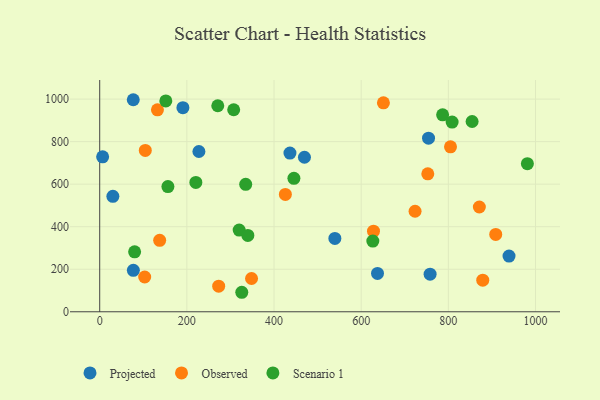
{"axis": {"x": "Study Hours", "y": "Profit"}, "legend": ["Observed", "Projected", "Scenario 1"], "data": [{"x": "190.9", "y": 959.6, "type": "Projected"}, {"x": "227.6", "y": 753.7, "type": "Projected"}, {"x": "77.0", "y": 997.1, "type": "Projected"}, {"x": "6.7", "y": 728.5, "type": "Projected"}, {"x": "939.2", "y": 262.1, "type": "Projected"}, {"x": "30.2", "y": 542.8, "type": "Projected"}, {"x": "758.1", "y": 176.8, "type": "Projected"}, {"x": "754.5", "y": 816.5, "type": "Projected"}, {"x": "469.8", "y": 726.6, "type": "Projected"}, {"x": "77.2", "y": 194.9, "type": "Projected"}, {"x": "637.4", "y": 180.3, "type": "Projected"}, {"x": "539.6", "y": 344.9, "type": "Projected"}, {"x": "436.5", "y": 746.4, "type": "Projected"}, {"x": "628.2", "y": 379.2, "type": "Observed"}, {"x": "137.6", "y": 335.9, "type": "Observed"}, {"x": "103.2", "y": 163.6, "type": "Observed"}, {"x": "871.1", "y": 492.6, "type": "Observed"}, {"x": "426.0", "y": 551.7, "type": "Observed"}, {"x": "752.8", "y": 648.6, "type": "Observed"}, {"x": "651.0", "y": 982.3, "type": "Observed"}, {"x": "132.5", "y": 949.8, "type": "Observed"}, {"x": "348.4", "y": 156.4, "type": "Observed"}, {"x": "804.9", "y": 775.5, "type": "Observed"}, {"x": "908.7", "y": 363.8, "type": "Observed"}, {"x": "104.6", "y": 758.7, "type": "Observed"}, {"x": "878.9", "y": 148.5, "type": "Observed"}, {"x": "273.0", "y": 120.3, "type": "Observed"}, {"x": "723.6", "y": 472.8, "type": "Observed"}, {"x": "220.6", "y": 608.2, "type": "Scenario 1"}, {"x": "270.9", "y": 968.7, "type": "Scenario 1"}, {"x": "854.5", "y": 894.7, "type": "Scenario 1"}, {"x": "320.0", "y": 384.0, "type": "Scenario 1"}, {"x": "339.9", "y": 359.1, "type": "Scenario 1"}, {"x": "981.3", "y": 696.4, "type": "Scenario 1"}, {"x": "786.8", "y": 926.3, "type": "Scenario 1"}, {"x": "626.7", "y": 332.6, "type": "Scenario 1"}, {"x": "307.4", "y": 949.9, "type": "Scenario 1"}, {"x": "151.7", "y": 991.5, "type": "Scenario 1"}, {"x": "326.0", "y": 91.7, "type": "Scenario 1"}, {"x": "808.6", "y": 892.2, "type": "Scenario 1"}, {"x": "445.6", "y": 627.3, "type": "Scenario 1"}, {"x": "335.0", "y": 599.4, "type": "Scenario 1"}, {"x": "156.5", "y": 588.9, "type": "Scenario 1"}, {"x": "80.1", "y": 281.7, "type": "Scenario 1"}]}